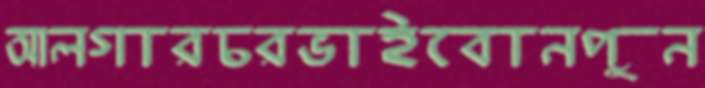
আলগারচরভাইবোনপুন